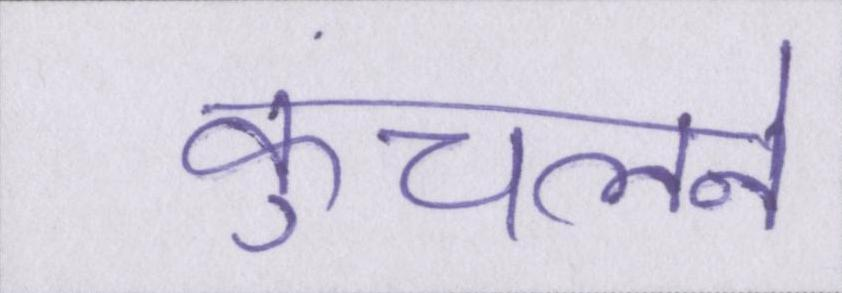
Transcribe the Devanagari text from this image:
कुचलने